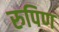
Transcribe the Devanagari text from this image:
रुपिण